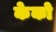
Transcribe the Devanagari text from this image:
केको